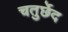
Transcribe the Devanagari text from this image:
चतुर्छेद